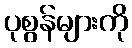
ပုစွန်များကို